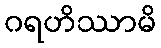
ဂရဟိဿာမိ